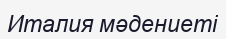
Италия мәдениеті